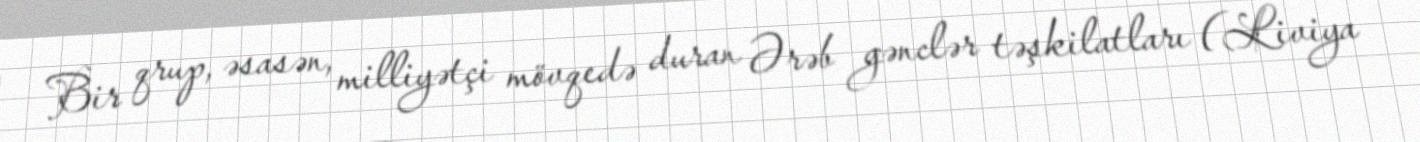
Bir qrup, əsasən, milliyətçi mövqedə duran Ərəb gənclər təşkilatları (Liviya